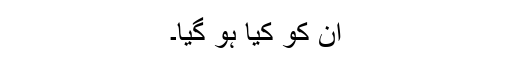
ان کو کیا ہو گیا۔